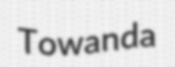
Towanda